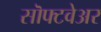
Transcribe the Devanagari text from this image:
सॊफ्टवेअर